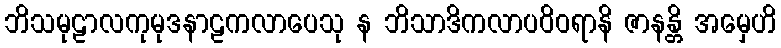
ဘိသမုဠာလကုမုဒနာဠကလာပေသု န ဘိသာဒိကလာပဝိဝရာနိ ဇာနန္တိ အမှေဟိ